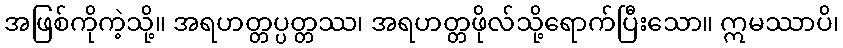
အဖြစ်ကိုကဲ့သို့။ အရဟတ္တပ္ပတ္တဿ၊ အရဟတ္တဖိုလ်သို့ရောက်ပြီးသော။ ဣမဿာပိ၊